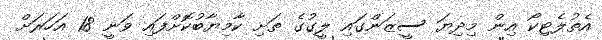
އެތުލެޓިކޯ އިން މިދިޔަ ސީޒަންގައި ލީގުގެ ތަށި ކާމިޔާބުކޮށްފައި ވަނީ 18 އަހަރަށް